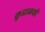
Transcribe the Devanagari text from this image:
कुडाळची